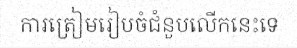
ការត្រៀមរៀបចំជំនួបលើកនេះទេ